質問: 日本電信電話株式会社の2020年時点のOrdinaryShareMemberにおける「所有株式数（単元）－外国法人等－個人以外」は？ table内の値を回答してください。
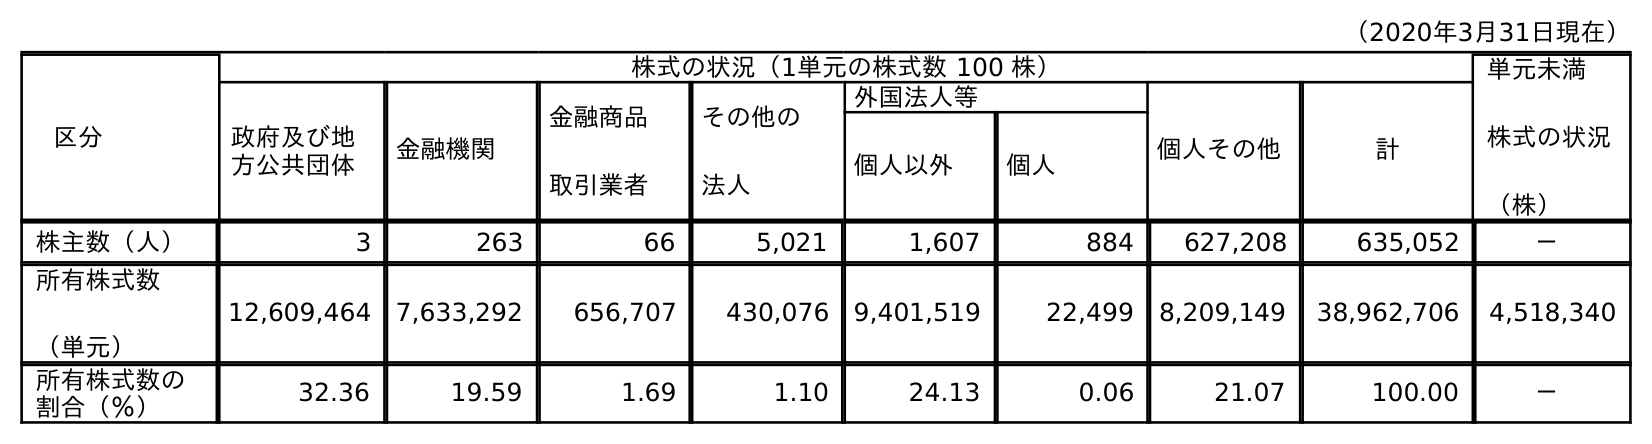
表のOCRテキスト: （2020年3月31日現在） 区分 株式の状況（1単元の株式数 100 株） 単元未満 株式の状況 （株） 政府及び地 方公共団体 金融機関 金融商品 取引業者 その他の 法人 外国法人等 個人その他 計 個人以外 個人 株主数（人） 3 263 66 5,021 1,607 884 627,208 635,052 － 所有株式数 （単元） 12,609,464 7,633,292 656,707 430,076 9,401,519 22,499 8,209,149 38,962,706 4,518,340 所有株式数の 割合（％） 32.36 19.59 1.69 1.10 24.13 0.06 21.07 100.00 －
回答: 9,401,519